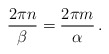
\begin{align*}\frac{2\pi n}{\beta }=\frac{2\pi m}{\alpha }\,.\end{align*}